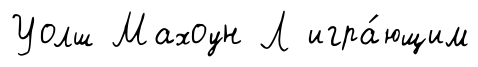
Уолш Махоун Л игра́ющим